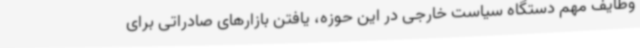
وظایف مهم دستگاه سیاست خارجی در این حوزه، یافتن بازارهای صادراتی برای